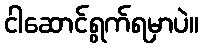
ငါဆောင်ရွက်ရမှာပဲ။